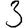
Digit: 3